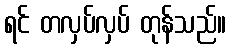
ရင် တလှပ်လှပ် တုန်သည်။